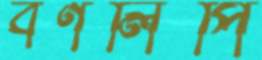
বর্ণলিপি